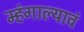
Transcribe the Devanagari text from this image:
म्हंगाल्यावं